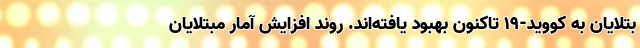
بتلایان به کووید-۱۹ تاکنون بهبود یافته‌اند. روند افزایش آمار مبتلایان